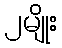
၂မျိုး